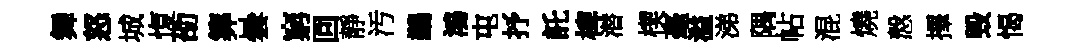
舞怒城愎劭筭曇窮回靜汚鷀鴻屯抒託椑潜楔毫溢涕隅帖混燒慤擇毁愒